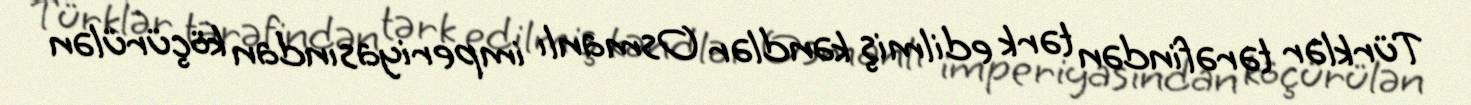
Türklər tərəfindən tərk edilmiş kəndlər Osmanlı imperiyasından köçürülən